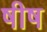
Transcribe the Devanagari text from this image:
षीष